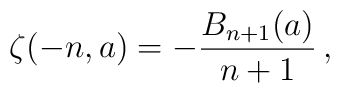
\zeta(-n,a)=-\frac{B_{n+1}(a)}{n+1}\,,